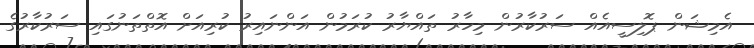
އެމިޝަން ޕޮލިސީއެއް ސަރުކާރުން މިހާރު ތައްޔާރު ކުރަމުން އަންނައިރު ކުރިއަށް އޮތްތަނުގައި ސަރުކާރުގެ